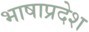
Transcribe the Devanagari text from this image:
भाषाप्रदेश